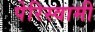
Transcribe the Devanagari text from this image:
पेरिस्वामी